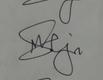
Signature authenticity: genuine